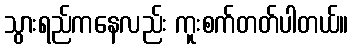
သွားရည်ကနေလည်း ကူးစက်တတ်ပါတယ်။